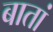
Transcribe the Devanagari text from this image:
बातां